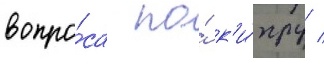
вопро́са по́ к'и́пру /